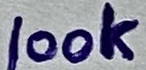
Text: 100K